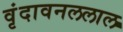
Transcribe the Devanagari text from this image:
वृंदावनललाल